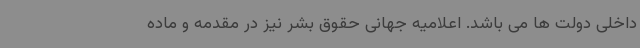
داخلی دولت ها می باشد. اعلامیه جهانی حقوق بشر نیز در مقدمه و ماده